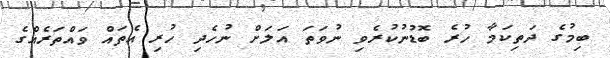
ބިމުގެ ދަތިކަމާ ހުރެ ބޮޑުނުކުރެވި ނުވަތަ އަލަށް ނުހެދި ހުރި އެތައް ވައްތަރެއްގެ